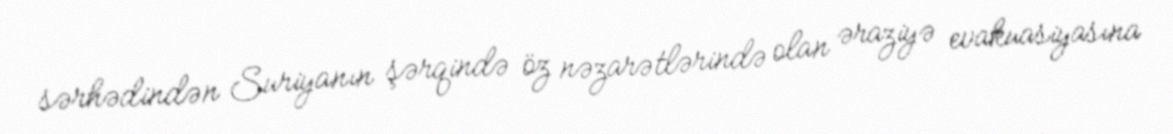
sərhədindən Suriyanın şərqində öz nəzarətlərində olan əraziyə evakuasiyasına